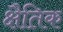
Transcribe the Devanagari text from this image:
क्षैतिक